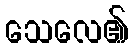
သေလေ၏